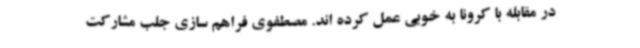
در مقابله با کرونا به خوبی عمل کرده اند. مصطفوی فراهم سازی جلب مشارکت